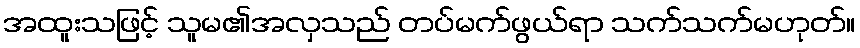
အထူးသဖြင့် သူမ၏အလှသည် တပ်မက်ဖွယ်ရာ သက်သက်မဟုတ်။